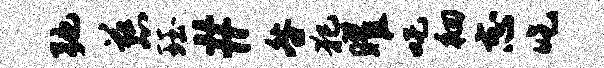
弛慈珏#咎犯曜吒徊志吃